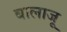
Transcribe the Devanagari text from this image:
बालाजू